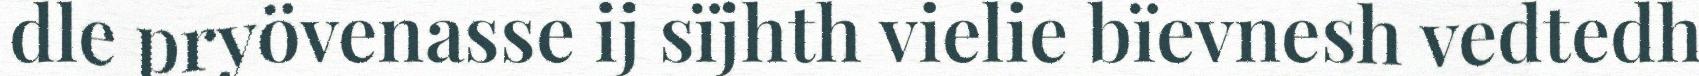
dle pryövenasse ij sïjhth vielie bïevnesh vedtedh